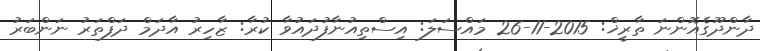
ދާންދޫގެއޮންނަ ތާރީޚް: 2015-11-26 މައްސަލަ: އިސްތިއުނާފުދައުވާ ކުރާ: ޒާހިރު އާދަމް ދަފްތަރު ނަންބަރު